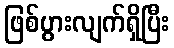
ဖြစ်ပွားလျက်ရှိပြီး